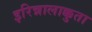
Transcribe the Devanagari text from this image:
इरिन्नालाक्कुता